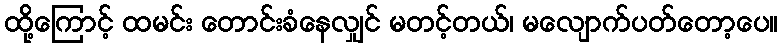
ထို့ကြောင့် ထမင်း တောင်းခံနေလျှင် မတင့်တယ်၊ မလျောက်ပတ်တော့ပေ။